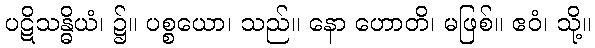
ပဋိသန္ဓိယံ၊ ၌။ ပစ္စယော၊ သည်။ နော ဟောတိ၊ မဖြစ်။ ဧဝံ၊ သို့။